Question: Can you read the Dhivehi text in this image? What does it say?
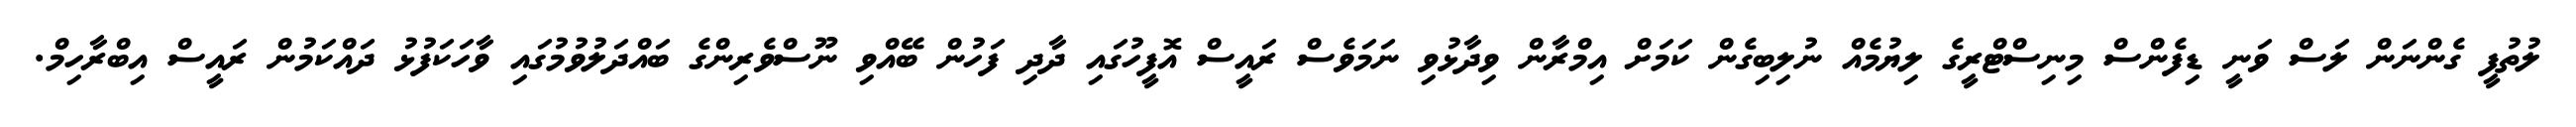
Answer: ލުތުފީ ގެންނަން ލަސް ވަނީ ޑިފެންސް މިނިސްޓްރީގެ ލިޔުމެއް ނުލިބިގެން ކަމަށް އިމްރާން ވިދާޅުވި ނަމަވެސް ރައީސް އޮފީހުގައި ދާދި ފަހުން ބޭއްވި ނޫސްވެރިންގެ ބައްދަލުވުމުގައި ވާހަކަފުޅު ދައްކަމުން ރައީސް އިބްރާހިމް.